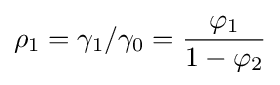
\rho _{1}=\gamma _{1}/\gamma _{0}={\frac {\varphi _{1}}{1-\varphi _{2}}}